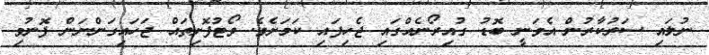
ނުލައި ސަރުކާރުން އެވަނީ ބޮޑު ގުއިރޯނެއްގައި ޖެހިފައި ކަމަށެވެ. ވޯޓުފޮށިތައް ޖަހައިގަންނަން ފޮނުވި